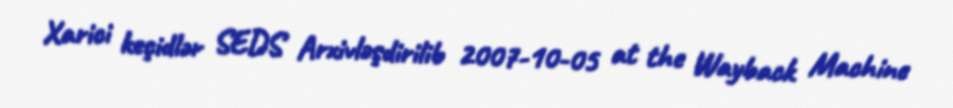
Xarici keçidlər SEDS Arxivləşdirilib 2007-10-05 at the Wayback Machine